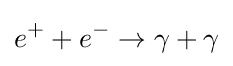
e^{+}+e^{-}\rightarrow \gamma +\gamma